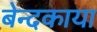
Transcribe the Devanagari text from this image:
बेन्दकाया